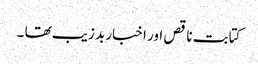
کتابت ناقص اور اخبار بد زیب تھا ۔